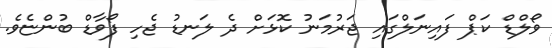
ވޯލްޑް ކަޕް ފައިނަލްގައި ޖަރުމަނު ކޮޅަށް ދެ ލަނޑު ޖެހި ފޯވާޑް ބުންޏެވެ.